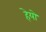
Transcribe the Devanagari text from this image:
हेयो